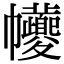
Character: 𢆃